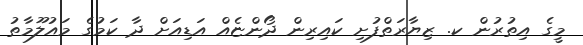
މީގެ އިތުރުން ކ. ޒިޔާރަތްފުށި ކައިރިން ދޯންޏެއް އަޑިއަށް ދާ ކަމުގެ މައުލޫމާތު